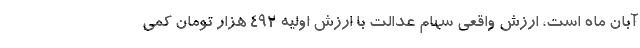
آبان ماه است، ارزش واقعی سهام عدالت با ارزش اولیه ۴۹۲ هزار تومان کمی